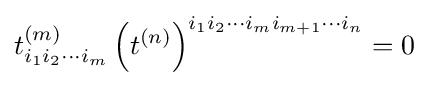
t_{i_{1}i_{2}\cdots i_{m}}^{(m)}\left(t^{(n)}\right)^{i_{1}i_{2}\cdots i_{m}i_{m+1}\cdots i_{n}}=0